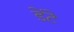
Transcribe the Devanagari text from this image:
डेंटे